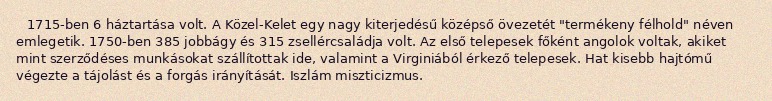
1715-ben 6 háztartása volt. A Közel-Kelet egy nagy kiterjedésű középső övezetét "termékeny félhold" néven emlegetik. 1750-ben 385 jobbágy és 315 zsellércsaládja volt. Az első telepesek főként angolok voltak, akiket mint szerződéses munkásokat szállítottak ide, valamint a Virginiából érkező telepesek. Hat kisebb hajtómű végezte a tájolást és a forgás irányítását. Iszlám miszticizmus.